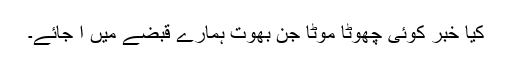
کیا خبر کوئی چھوٹا موٹا جن بھوت ہمارے قبضے میں آ جائے۔